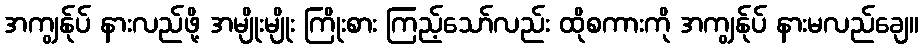
အကျွန်ုပ် နားလည်ဖို့ အမျိုးမျိုး ကြိုးစား ကြည့်သော်လည်း ထိုစကားကို အကျွန်ုပ် နားမလည်ချေ။